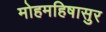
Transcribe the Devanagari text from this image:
मोहमहिषासुर